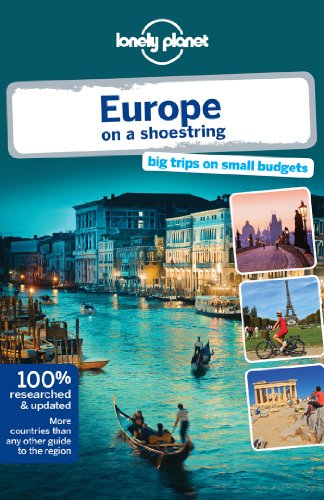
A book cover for Lonely Planet Europe on a shoestring (Travel Guide); Lonely Planet; Travel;